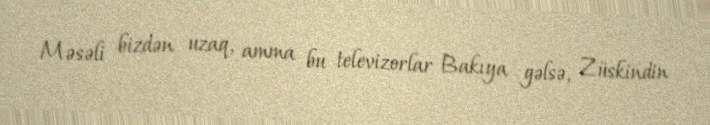
Məsəli bizdən uzaq, amma bu televizorlar Bakıya gəlsə, Züskindin